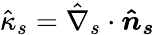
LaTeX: \hat{\kappa}_{s}=\hat{\nabla}_{s}\cdot\boldsymbol{\hat{n}_{s}}